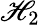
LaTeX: \mathscr{H}_{2}